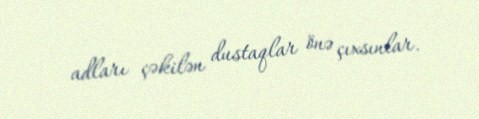
adları çəkilən dustaqlar önə çıxsınlar.